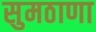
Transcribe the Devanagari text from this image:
सुमठाणा